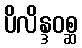
ပိလိန္ဒဝစ္ဆ